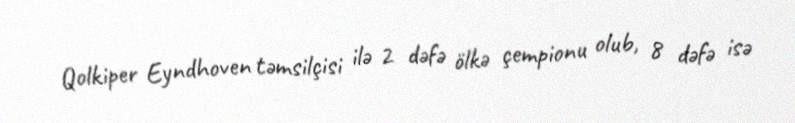
Qolkiper Eyndhoven təmsilçisi ilə 2 dəfə ölkə çempionu olub, 8 dəfə isə